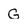
Character: G